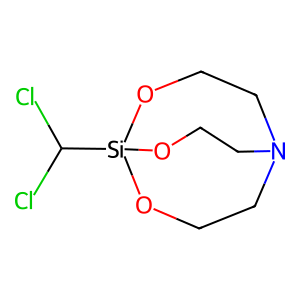
SMILES: ClC(Cl)[Si]12OCCN(CCO1)CCO2
Inhibits HIV replication: No